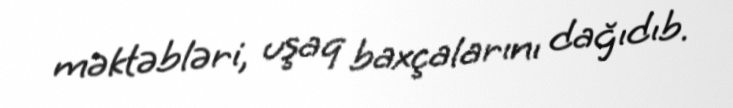
məktəbləri, uşaq baxçalarını dağıdıb.